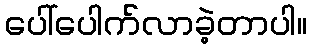
ပေါ်ပေါက်လာခဲ့တာပါ။